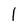
Character: l